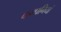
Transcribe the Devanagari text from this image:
कम्‍पनियां